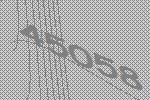
45058